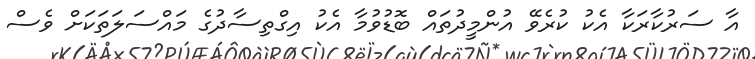
އާ ސަރުކާރަކާ އެކު ކުރެވޭ އުންމީދުތައް ބޮޑުވުމާ އެކު އިގްތިސާދުގެ މައްސަލަތަކަށް ވެސް